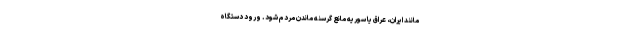
مانند ایران، عراق یا سوریه مانع گرسنه ماندن مردم شود. ورود دستگاه